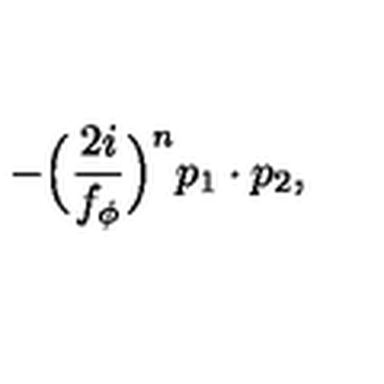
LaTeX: - \Big ( \frac { 2 i } { f _ { \phi } } \Big ) ^ { n } p _ { 1 } \cdot p _ { 2 } ,